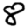
Digit: 8